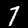
Digit: 7